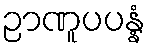
ဉာဏူပပန္နံ